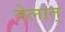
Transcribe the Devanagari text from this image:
तेलात्